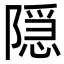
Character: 隠